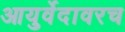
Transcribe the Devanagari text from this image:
आयुर्वेदावरच